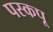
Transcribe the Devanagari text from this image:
पस्कपू